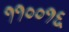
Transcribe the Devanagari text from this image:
११००१६